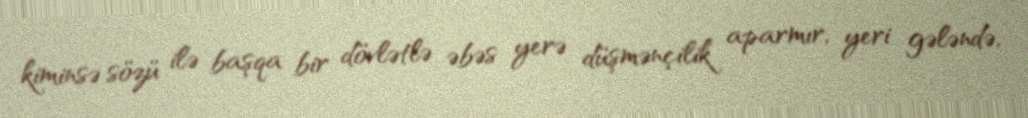
kiminsə sözü ilə başqa bir dövlətlə əbəs yerə düşmənçilik aparmır, yeri gələndə,